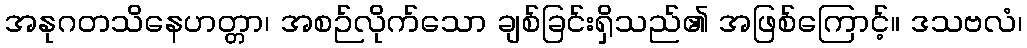
အနုဂတသိနေဟတ္တာ၊ အစဉ်လိုက်သော ချစ်ခြင်းရှိသည်၏ အဖြစ်ကြောင့်။ ဒသဗလံ၊